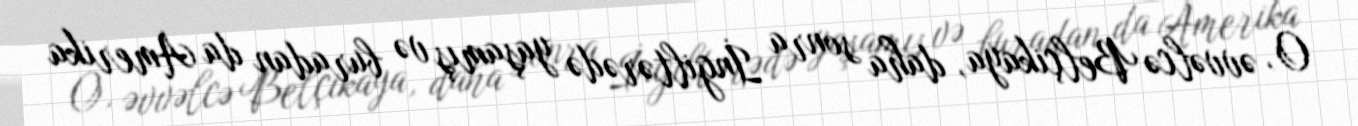
O, əvvəlcə Belçikaya, daha sonra İngiltərədə yaşamış və buradan da Amerika